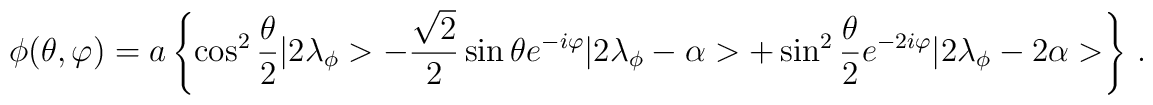
\phi (\theta ,\varphi )=a\left\{ \cos ^{2}\frac{\theta }{2}|2\lambda _{\phi }>-\frac{\sqrt{2}}{2}\sin \theta e^{-i\varphi }|2\lambda _{\phi }-\alpha >+\sin ^{2}\frac{\theta }{2}e^{-2i\varphi }|2\lambda _{\phi }-2\alpha >\right\} \, .